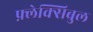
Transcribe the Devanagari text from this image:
फ़्लेक्सिबुल